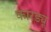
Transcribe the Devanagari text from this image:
कारड्यू